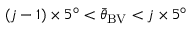
( j - 1 ) \times 5 ^ { \circ } < { \bar { \theta } } _ { \mathrm { B V } } < j \times 5 ^ { \circ }